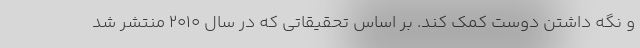
و نگه داشتن دوست کمک کند. بر اساس تحقیقاتی که در سال ۲۰۱۰ منتشر شد